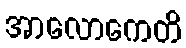
အာလောကေတိ